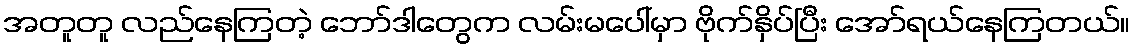
အတူတူ လည်နေကြတဲ့ ဘော်ဒါတွေက လမ်းမပေါ်မှာ ဗိုက်နှိပ်ပြီး အော်ရယ်နေကြတယ်။